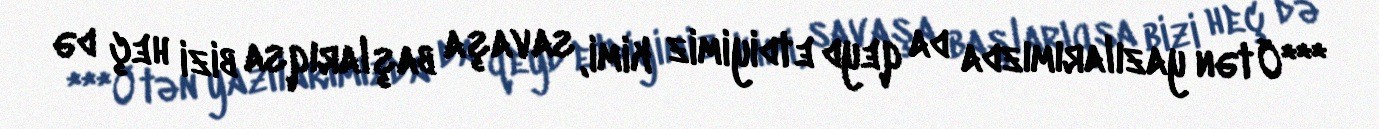
***Ötən yazılarımızda da qeyd etdiyimiz kimi, savaşa başlarıqsa bizi heç də